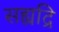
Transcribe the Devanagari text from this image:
सह्यद्रि